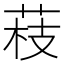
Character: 䓩